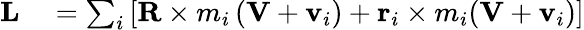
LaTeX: \begin{array}{rl}{\mathbf{L}}&{{}=\sum_{i}\left[\mathbf{R}\times m_{i}\left(\mathbf{V}+\mathbf{v}_{i}\right)+\mathbf{r}_{i}\times m_{i}(\mathbf{V}+\mathbf{v}_{i})\right]}\end{array}